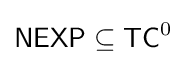
{\mathsf {NEXP}}\subseteq {\mathsf {TC}}^{0}